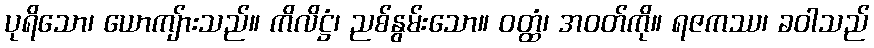
ပုရိသော၊ ယောကျ်ားသည်။ ကိလိဋ္ဌံ၊ ညစ်နွမ်းသော။ ဝတ္ထံ၊ အဝတ်ကို။ ရဇကဿ၊ ခဝါသည်